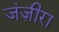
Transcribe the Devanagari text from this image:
जंज़ीरा